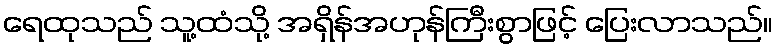
ရေထုသည် သူ့ထံသို့ အရှိန်အဟုန်ကြီးစွာဖြင့် ပြေးလာသည်။